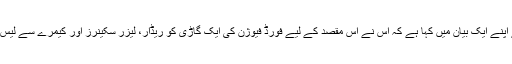
اوبر نے اپنے ایک بیان میں کہا ہے کہ اس نے اس مقصد کے لیے فورڈ فیوژن کی ایک گاڑی کو ریڈار، لیزر سکینرز اور کیمرے سے لیس کیا ہے۔